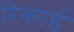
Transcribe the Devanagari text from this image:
रिकार्ड